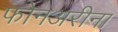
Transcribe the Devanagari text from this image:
फोनअरीना